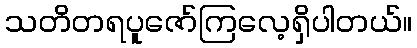
သတိတရပူဇော်ကြလေ့ရှိပါတယ်။